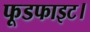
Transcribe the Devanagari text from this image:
फूडफाइट।